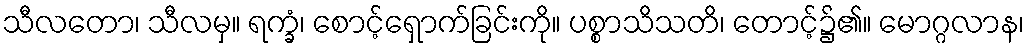
သီလတော၊ သီလမှ။ ရက္ခံ၊ စောင့်ရှောက်ခြင်းကို။ ပစ္စာသိသတိ၊ တောင့်၌၏။ မောဂ္ဂလာန၊